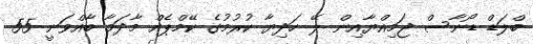
ބްލަޑް ޑޯނާސް ޖަމިއްޔާއިން ލޭ ހަދިޔާ ކުރުމުގެ ކޭމްޕެއް މާދަމާ ބާއްވަނީ 55